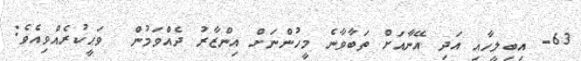
63- އިބިލީހާއި އަދި އޭނާއަށް ތަބާވާނެ މީހުންނަށް އިންޒާރު ދެއްވަމުން  ވަޙީކުރެއްވިއެވެ: